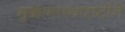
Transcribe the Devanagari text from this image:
मुक्कामाच्यादृष्टीने